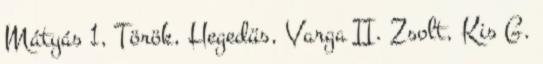
Mátyás 1, Török, Hegedüs, Varga II. Zsolt, Kis G.